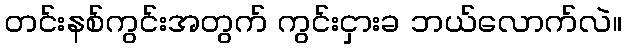
တင်းနစ်ကွင်းအတွက် ကွင်းငှားခ ဘယ်လောက်လဲ။